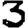
Digit: 3